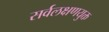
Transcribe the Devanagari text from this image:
सर्वलक्षणयुक्त